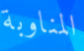
المناوبة